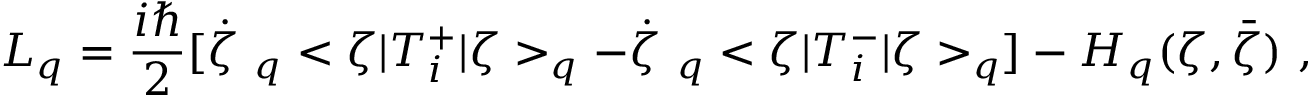
L _ { q } = \frac { i \hbar } { 2 } [ \dot { \zeta } \ _ { q } < \zeta | T _ { i } ^ { + } | \zeta > _ { q } - \dot { \zeta } \ _ { q } < \zeta | T _ { i } ^ { - } | \zeta > _ { q } ] - { \cal H } _ { q } ( \zeta , \bar { \zeta } ) \ ,